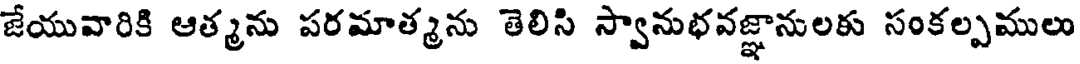
జేయువారికి ఆత్మను పరమాత్మను తెలిసి స్వానుభవజ్ఞానులకు సంకల్పములు